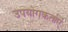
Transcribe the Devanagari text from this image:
उपयोगकर्ताएं